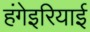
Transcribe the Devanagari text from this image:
हंगेइरियाई